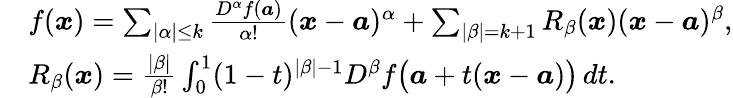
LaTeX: {\begin{array}{rl}&{f({\boldsymbol{x}})=\sum_{|\alpha|\leq k}{\frac{D^{\alpha}f({\boldsymbol{a}})}{\alpha!}}({\boldsymbol{x}}-{\boldsymbol{a}})^{\alpha}+\sum_{|\beta|=k+1}R_{\beta}({\boldsymbol{x}})({\boldsymbol{x}}-{\boldsymbol{a}})^{\beta},}\\ &{R_{\beta}({\boldsymbol{x}})={\frac{|\beta|}{\beta!}}\int_{0}^{1}(1-t)^{|\beta|-1}D^{\beta}f{\big(}{\boldsymbol{a}}+t({\boldsymbol{x}}-{\boldsymbol{a}}){\big)}\, dt.}\end{array}}